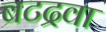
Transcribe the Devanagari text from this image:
बटद्रवा